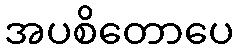
အပစိတောပေ